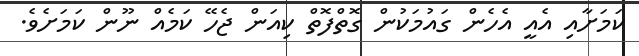
ކަމަށާއި އެއީ އެހެން ގައުމަކުން ގޮތްފޮތް ކިއަން ޖެހޭ ކަމެއް ނޫން ކަމަށެވެ.